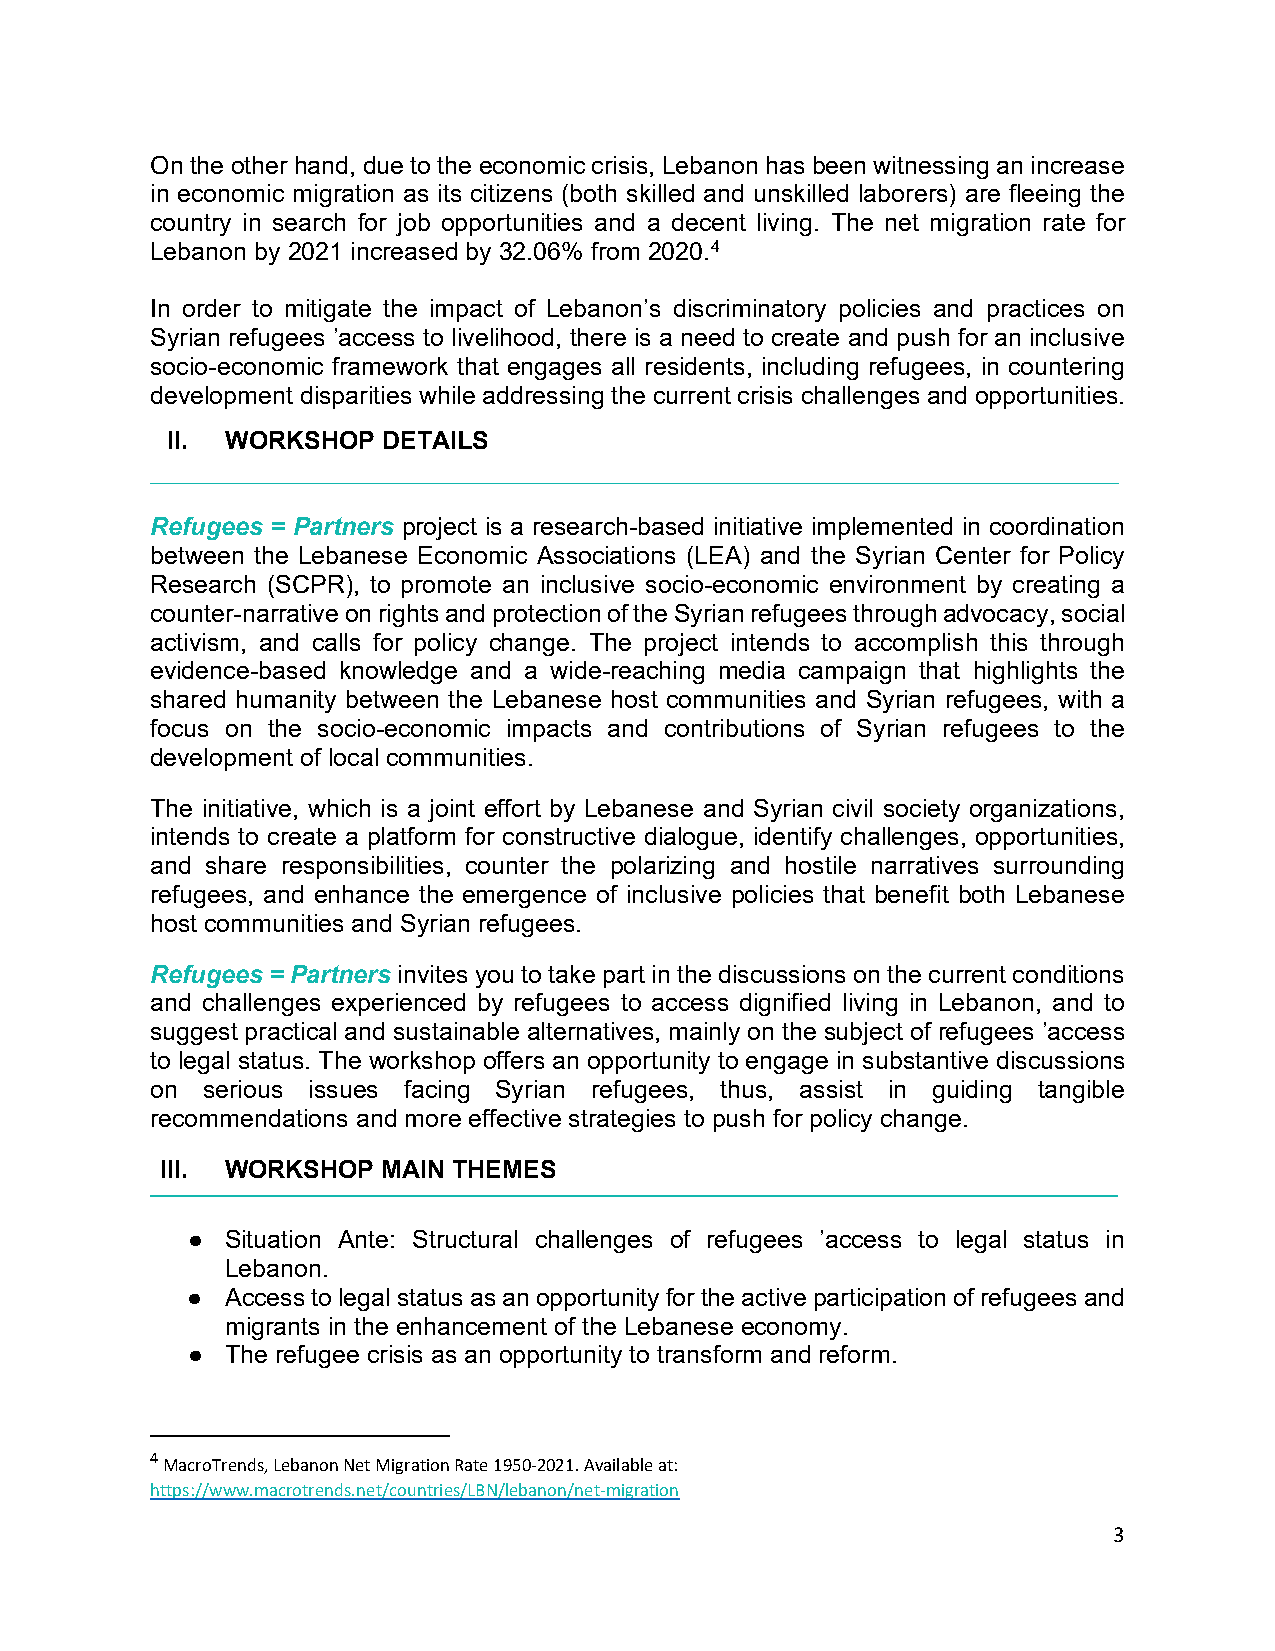
On the other hand, due to the economic crisis, Lebanon has been witnessing an increase
 in economic migration as its citizens (both skilled and unskilled laborers) are fleeing the
 country in search for job opportunities and a decent living. The net migration rate for
 Lebanon by 2021 increased by 32.06% from 2020.4
 In order to mitigate the impact of Lebanon’s discriminatory policies and practices on
 Syrian refugees ’access to livelihood, there is a need to create and push for an inclusive
 socio-economic framework that engages all residents, including refugees, in countering
 development disparities while addressing the current crisis challenges and opportunities.
 II. WORKSHOP  DETAILS
 Refugees = Partners project is a research-based initiative implemented in coordination
 between the Lebanese Economic Associations (LEA) and the Syrian Center for Policy
 Research (SCPR), to promote an inclusive socio-economic environment by creating a
 counter-narrative on rights and protection of the Syrian refugees through advocacy, social
 activism, and calls for policy change. The project intends to accomplish this through
 evidence-based knowledge and a wide-reaching media campaign that highlights the
 shared humanity between the Lebanese host communities and Syrian refugees, with a
 focus on the socio-economic impacts and contributions of Syrian refugees to the
 development of local communities.
 The initiative, which is a joint effort by Lebanese and Syrian civil society organizations,
 intends to create a platform for constructive dialogue, identify challenges, opportunities,
 and share responsibilities, counter the polarizing and hostile narratives surrounding
 refugees, and enhance the emergence of inclusive policies that benefit both Lebanese
 host communities and Syrian refugees.
 Refugees = Partners invites you to take part in the discussions on the current conditions
 and challenges experienced by refugees to access dignified living in Lebanon, and to
 suggest practical and sustainable alternatives, mainly on the subject of refugees ’access
 to legal status. The workshop offers an opportunity to engage in substantive discussions
 on serious issues facing Syrian refugees, thus, assist in guiding tangible
 recommendations and more effective strategies to push for policy change.
 III. WORKSHOP MAIN THEMES
 ●  Situation Ante: Structural challenges of refugees ’access to legal status in
 Lebanon.
 ●  Access to legal status as an opportunity for the active participation of refugees and
 migrants in the enhancement of the Lebanese economy.
 ●  The refugee crisis as an opportunity to transform and reform.
 4
 MacroTrends, Lebanon Net Migration Rate 1950-2021. Available at:
 https://www.macrotrends.net/countries/LBN/lebanon/net-migration
 3